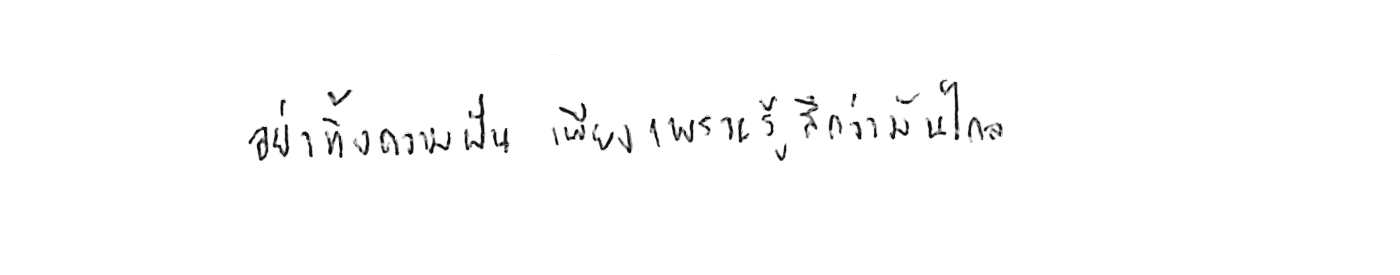
อย่าทิ้งความฝัน เพียงเพราะรู้สึกว่ามันไกล